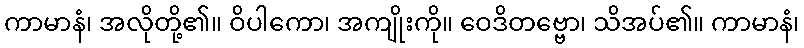
ကာမာနံ၊ အလိုတို့၏။ ဝိပါကော၊ အကျိုးကို။ ဝေဒိတဗ္ဗော၊ သိအပ်၏။ ကာမာနံ၊